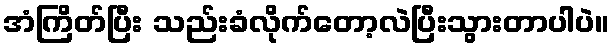
အံကြိတ်ပြီး သည်းခံလိုက်တော့လဲပြီးသွားတာပါပဲ။